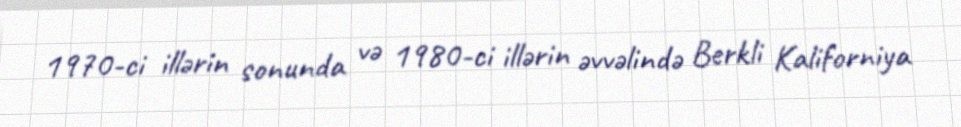
1970-ci illərin sonunda və 1980-ci illərin əvvəlində Berkli Kaliforniya